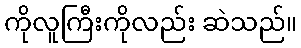
ကိုလူကြီးကိုလည်း ဆဲသည်။